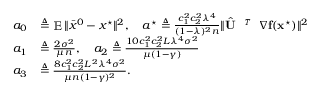
\begin{array} { r l } { a _ { 0 } } & { \triangleq \mathop { \mathbb { E } } \| \bar { x } ^ { 0 } - x ^ { \star } \| ^ { 2 } , \quad a ^ { \star } \triangleq \frac { c _ { 1 } ^ { 2 } c _ { 2 } ^ { 2 } \lambda ^ { 4 } } { ( 1 - \lambda ) ^ { 2 } n } \| \hat { { \mathbf { U } } } ^ { \textit { \footnotesize \texttt { T } } } { \nabla } \mathbf { f } ( \mathbf { x } ^ { \star } ) \| ^ { 2 } } \\ { a _ { 1 } } & { \triangleq \frac { 2 \sigma ^ { 2 } } { \mu n } , \quad a _ { 2 } \triangleq \frac { 1 0 c _ { 1 } ^ { 2 } c _ { 2 } ^ { 2 } L \lambda ^ { 4 } \sigma ^ { 2 } } { \mu ( 1 - \gamma ) } } \\ { a _ { 3 } } & { \triangleq \frac { 8 c _ { 1 } ^ { 2 } c _ { 2 } ^ { 2 } L ^ { 2 } \lambda ^ { 4 } \sigma ^ { 2 } } { \mu n ( 1 - \gamma ) ^ { 2 } } . } \end{array}